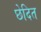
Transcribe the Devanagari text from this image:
छेदित